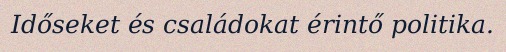
Időseket és családokat érintő politika.